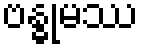
ဗန္ဓုမဿ